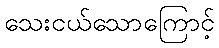
သေးငယ်သောကြောင့်